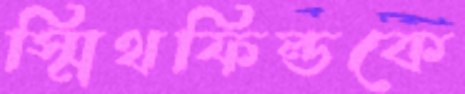
স্মিথফিল্ডকে